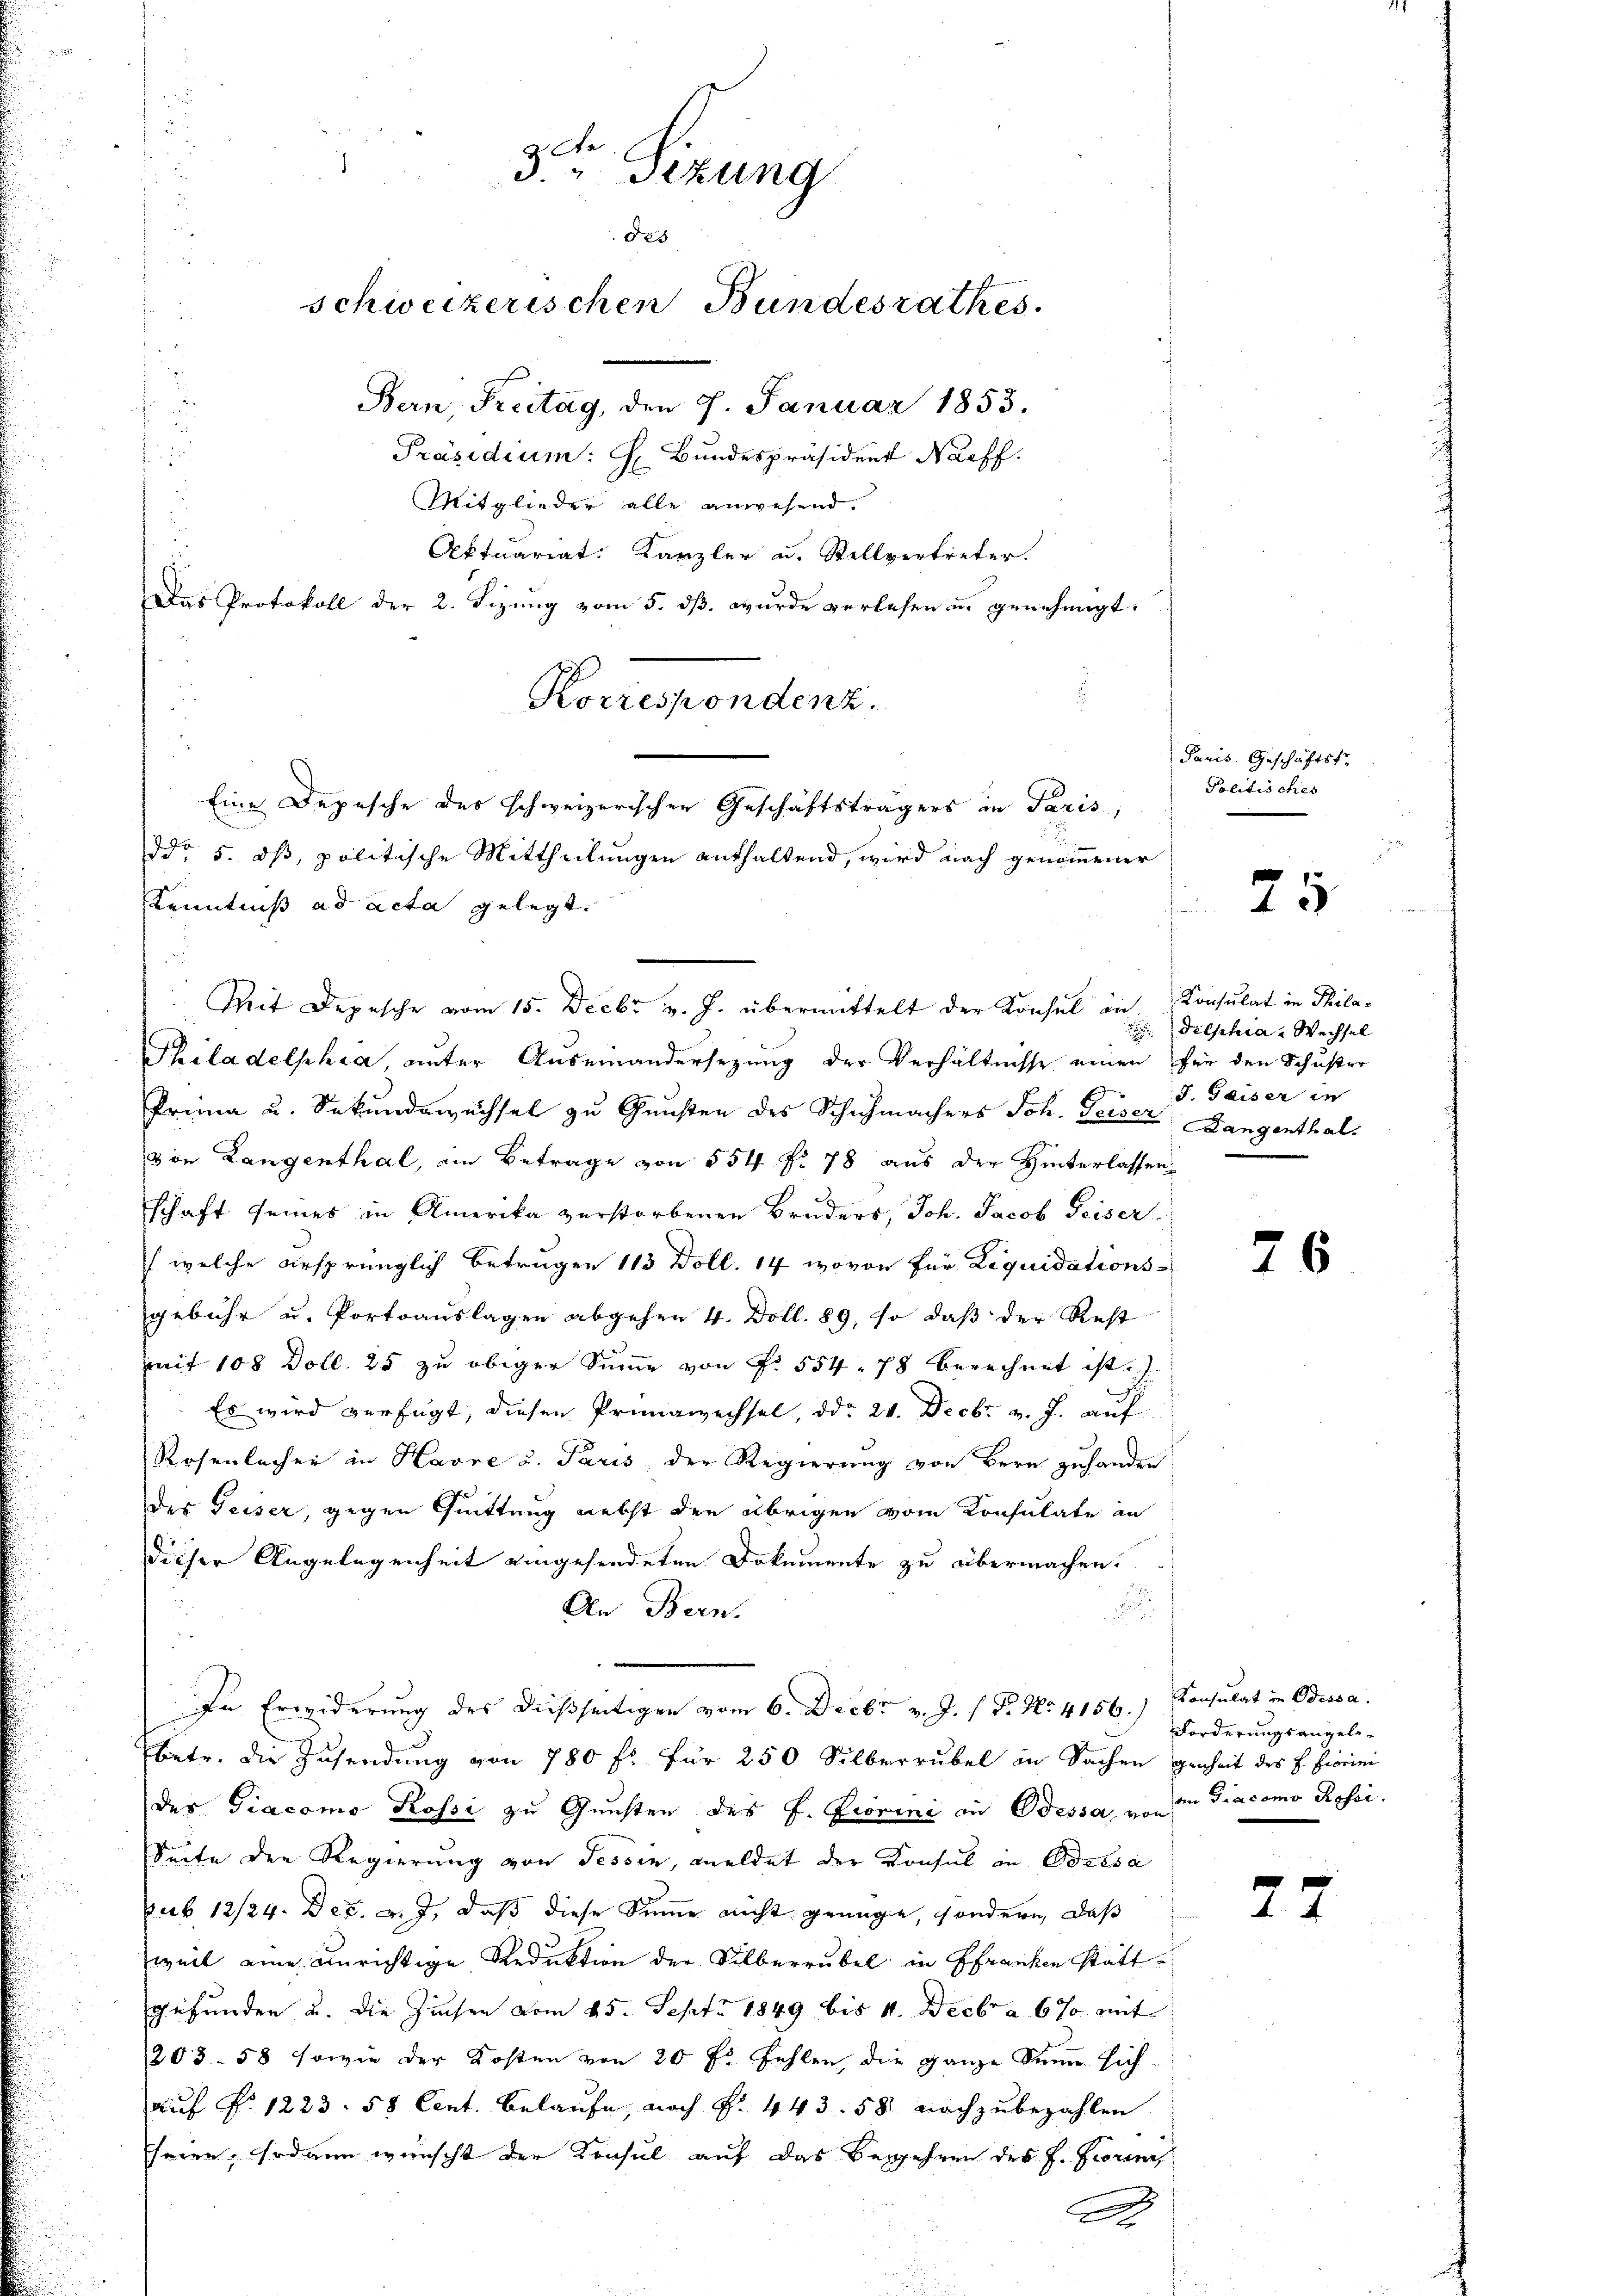
3 Sizung
des
schweizerischen Bundesrathes.
Bern, Treitag, den 7. Januar 1853.

u
Präsidium: H. Bundespräsident Nachf
Mitglieder alle anwesend.
Aktuariat. Kanzler u. Stellvertreter.
Das Protokoll der 2. Sizung vom 5. dß wurde verlesen u. genehmigt.
Kenntniß ad acta gelegt.
¬
 d. 2
Mit Depesche vom 15. Decbr v. J. übermittelt der Konsul in
Thiladelphia unter Auseinandersezung der Verhältnisse einen für den Schuster
Prima u. Sekundawüchsel zu Gunsten des Schuhmachers Joh. Geiser, Langenthalvon Langenthal, im Betrage von 554 fr. 78 aus der Hinterlassen
schaft seines in Amerika verstorbenen Bruders, Joh. Jacob Geiser
 welche ursprünglich Betrugen 113 Doll. 14, wovon für Liquidations-
gebühr u. Portoauslagen abgehen 4. Doll. 89, so daß der Rest
mit 108 Doll. 25 zu obiger Summe von Fr. 554. 78 berechnet ist.
Es wird verfügt, diesen Prüngwechsel, ddo 24. Decbr. v. J. auf
Rosenlacher in Havre u. Paris der Regierung von Bern zuhanden
des Geiser, gegen Quittung nebst den übrigen vom Konsulate an
dieser Angelegenheit eingesendeten Dokumente zu übermachen.
.
An Bern.
In Erwiderung des dießseitigen vom 6. Decbr v. J. / Dr. No. 4156.) Konsulat in Odessa.
Ebetr. die Zusendung von 780 fl. für 250 Silberrubel in Sachen genheit des L. Fiorini
des Giacomo Rossi zu Gunsten des J. Fiorini an Odessa, von
Seite den Regierung von Tessin, meldet der Konsul in Bassa
sub 12/24. Dec. v. J., daß diese Summe nicht genüge, sondern, daß
weil eine einrichtige Reduktion der Silberrübel in Franken statt
gefunden u. die Zinsen vom 25. Sept. 1849 bis 4. Decbr a 6 % mit
203. 58 sowie der Kosten von 20 fl fehlen, die ganze Senn sich
auf §. 1223. 58 Cent. Belaufe, noch Fr. 443. 581 nachzubezahlen
seien, sodann wünscht der Konsul auf das Begehren des J. Prorene
A

Korrespondenz.
Eine Depesche des schweizerischen Geschäftsträgers in Paris,
ddo 5. dß, politische Mittheilungen enthaltend, wird nach genommener

Paris. Geschäftst
Politisches

Konsulat in Phila¬
 ditschia, Wechsel
J. Geiser in

25

76

Forderungsangele-
an Diacomo Rossi.

27